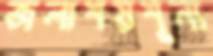
জলাশয়শূন্য